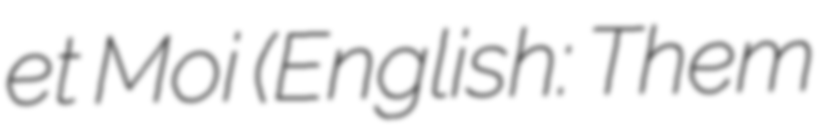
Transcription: et Moi (English: Them